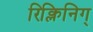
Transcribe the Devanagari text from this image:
रिक्लिनिग्